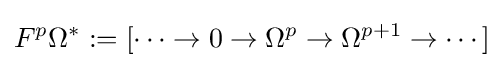
F^{p}\Omega ^{*}:=[\cdots \to 0\to \Omega ^{p}\to \Omega ^{p+1}\to \cdots ]